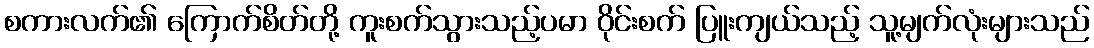
စကားလက်၏ ကြောက်စိတ်တို့ ကူးစက်သွားသည့်ပမာ ဝိုင်းစက် ပြူးကျယ်သည့် သူ့မျက်လုံးများသည်